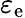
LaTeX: \varepsilon_{\mathrm{e}}